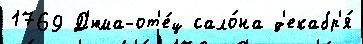
1769 Д'юма-от'е́ц сало́на д'екабр'я́